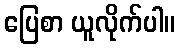
ပြေစာ ယူလိုက်ပါ။